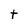
Character: t